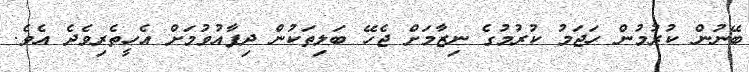
ބޭނުން ކުރުމުން ހަޖަމު ކުރުމުގެ ނިޒާމަށް ޖެހޭ ބަލިތަކުން ދިފާއުވުމަށް އެހީތެރިވެދެ އެވެ.